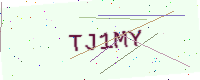
Text: TJ1MY